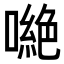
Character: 𠾼